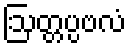
ဩတ္တပ္ပဗလံ